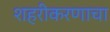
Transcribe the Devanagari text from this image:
शहरीकरणाचा